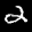
Label: 2